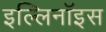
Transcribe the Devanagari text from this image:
इल्लिनॉइस